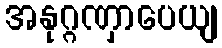
အနုဂ္ဂဏှာပေယျ